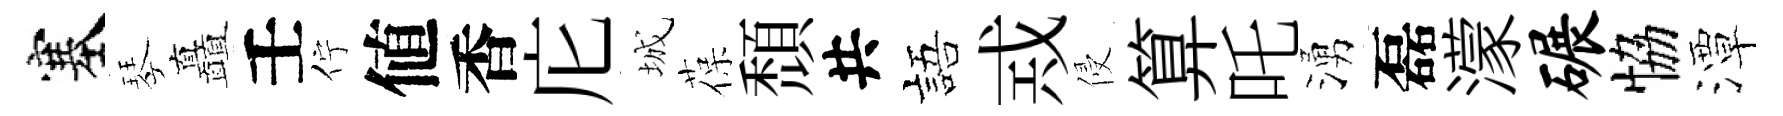
塞琴矗壬佇値香庀城葆頹共語𢦶侵算吒湧磊濛碾恊潭